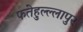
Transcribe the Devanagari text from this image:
फतेहुल्ल्लापुर